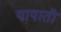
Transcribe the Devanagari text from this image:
यायाती